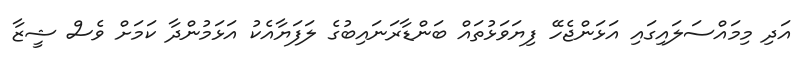
އަދި މިމައްސަލައިގައި އަޅަންޖެހޭ ފިޔަވަޅުތައް ބަންޑާރަނައިބުގެ ލަފަޔާއެކު އަޅަމުންދާ ކަމަށް ވެސް ޝީޒާ